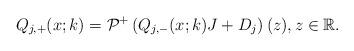
LaTeX: \begin{align*}Q_{j,+}(x;k)=\mathcal{P}^{+}\left(Q_{j,-}(x;k)J +D_j \right)(z), z \in \mathbb{R}.\end{align*}